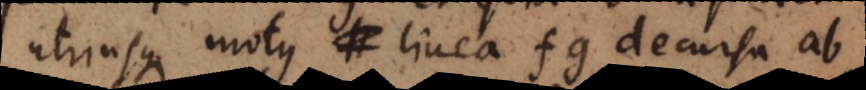
utriusque motus linea fg decursa ab